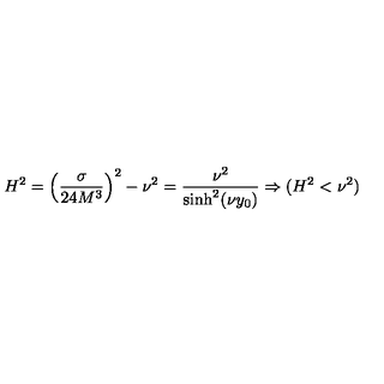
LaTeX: H ^ { 2 } = \left( \frac { \sigma } { 2 4 M ^ { 3 } } \right) ^ { 2 } - \nu ^ { 2 } = \frac { \nu ^ { 2 } } { \sinh ^ { 2 } ( \nu y _ { 0 } ) } \Rightarrow ( H ^ { 2 } < \nu ^ { 2 } )